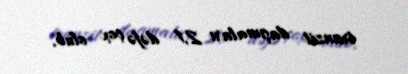
tranzit daşımaları 2,1 dəfə çox olub.